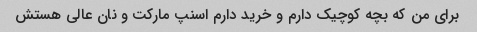
برای من که بچه کوچیک دارم و خرید دارم اسنپ مارکت و نان عالی هستش